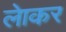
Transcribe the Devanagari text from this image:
लेाकर